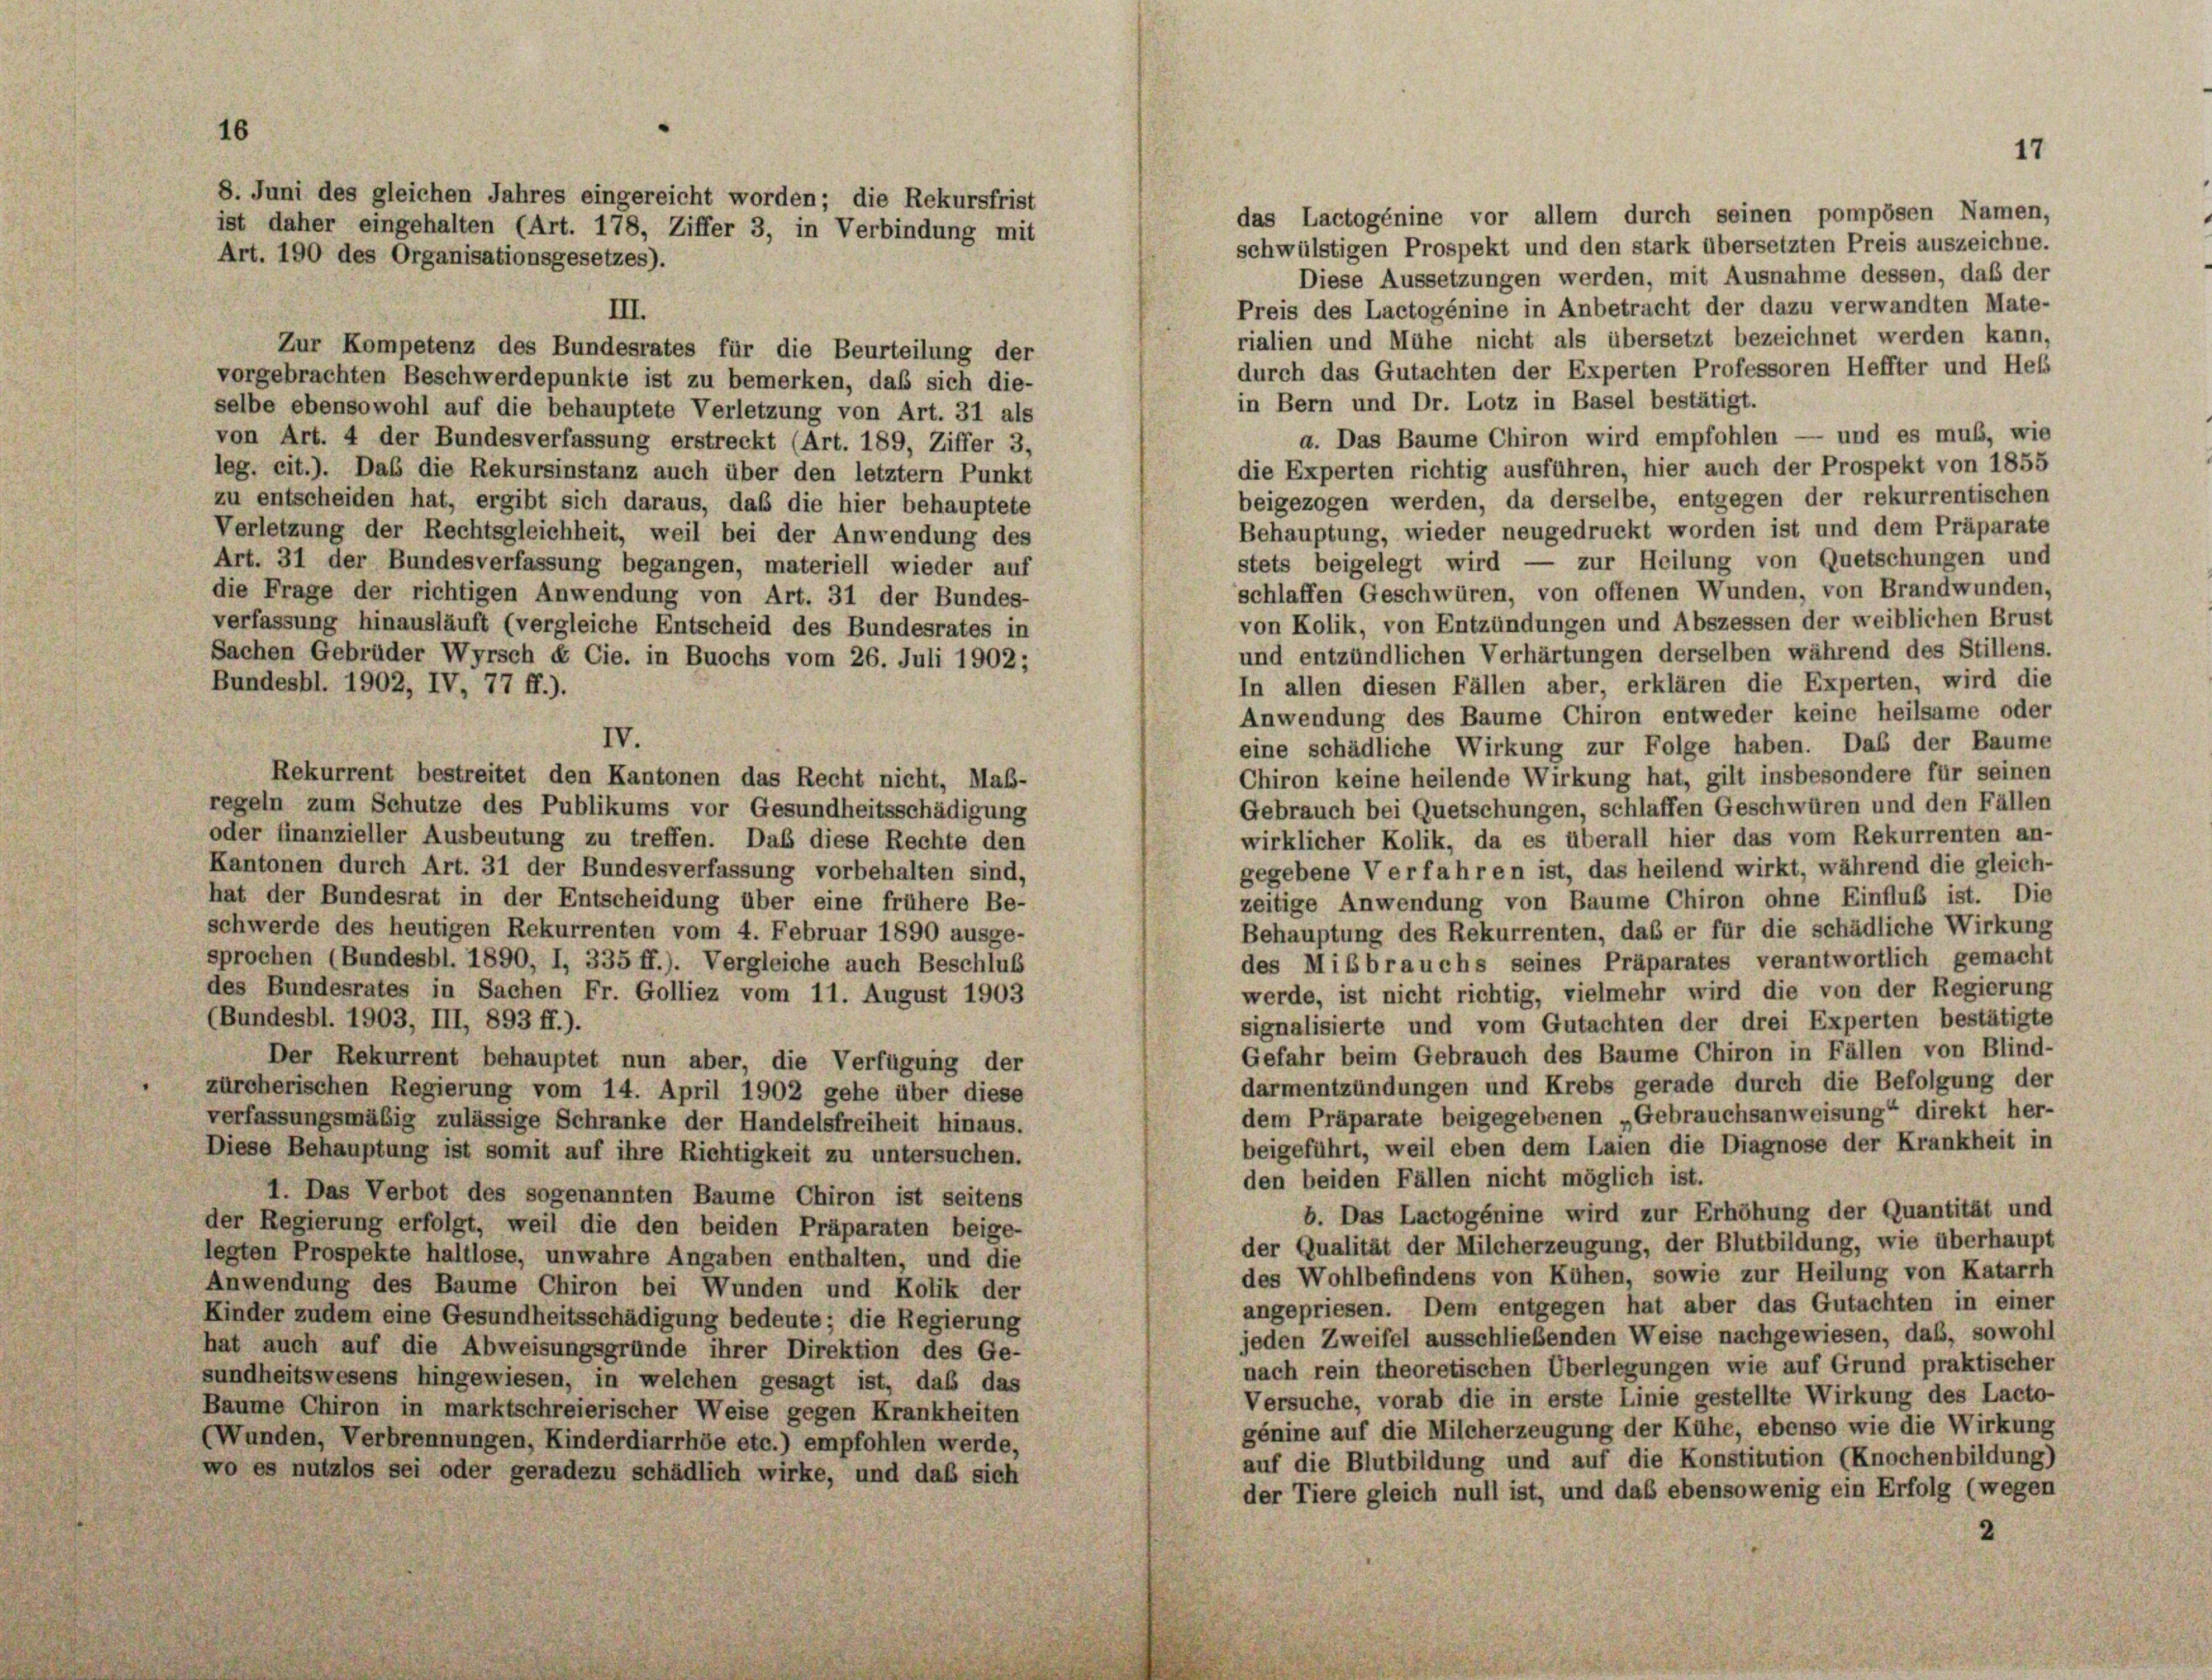
16

ist daher eingehalten (Art. 178, Ziffer 3, in Verbindung mit
Art. 190 des Organisationsgesetzes).

8. Juni des gleichen Jahres eingereicht worden; die Rekursfrist

das Lactogénine vor allem durch seinen pompösen Namen,
schwülstigen Prospekt und den stark übersetzten Preis auszeichne.
Preis des Lactogénine in Anbetracht der dazu verwandten Mate-
III.
rialien und Mühe nicht als übersetzt bezeichnet werden kann,
Zur Kompetenz des Bundesrates für die Beurteilung der
durch das Gutachten der Experten Professoren Heffter und Heb
vorgebrachten Beschwerdepunkte ist zu bemerken, daß sich die-
in Bern und Dr. Lotz in Basel bestätigt.
selbe ebensowohl auf die behauptete Verletzung von Art. 31 als
a. Das Baume Chiron wird empfohlen — und es muß, wie
von Art. 4 der Bundesverfassung erstreckt (Art. 189, Ziffer 3,
die Experten richtig ausführen, hier auch der Prospekt von 1855
leg. cit.). Das die Rekursinstanz auch über den letztem Punkt
beigezogen werden, da derselbe, entgegen der rekurrentischen
zu entscheiden hat, ergibt sich daraus, daß die hier behauptete
Verletzung der Rechtsgleichheit, weil bei der Anwendung des
Art. 31 der Bundesverfassung begangen, materiell wieder auf
die Frage der richtigen Anwendung von Art. 31 der Bundes-
von Kolik, von Entzündungen und Abszessen der weiblichen Brust
verfassung hinausläuft (vergleiche Entscheid des Bundesrates in
und entzündlichen Verhärtungen derselben während des Stillens.
Sachen Gebrüder Wyrsch & Cie. in Buochs vom 26. Juli 1902;
In allen diesen Fällen aber, erklären die Experten, wird die
Bundesbl. 1902, IV, 77 ff.).
Anwendung des Baume Chiron entweder keine heilsame oder
IV.
eine schädliche Wirkung zur Folge haben. Das der Baume
Rekurrent bestreitet den Kantonen das Recht nicht, Maß-
Chiron keine heilende Wirkung hat, gilt insbesondere für seinen
Gebrauch bei Quetschungen, schlaffen Geschwüren und den Fällen
regeln zum Schutze des Publikums vor Gesundheitsschädigung
oder finanzieller Ausbeutung zu treffen. Das diese Rechte den
wirklicher Kolik, da es überall hier das vom Rekurrenten an-
Kantonen durch Art. 31 der Bundesverfassung vorbehalten sind,
gegebene Verfahren ist, das heilend wirkt, während die gleich-
hat der Bundesrat in der Entscheidung über eine frühere Be-
zeitige Anwendung von Baume Chiron ohne Einfluß ist. Die
schwerde des heutigen Rekurrenten vom 4. Februar 1890 ausge-
Behauptung des Rekurrenten, daß er für die schädliche Wirkung
sprochen (Bundesbl. 1890, I, 335 ff.). Vergleiche auch Beschluß
des Mißbrauchs seines Präparates verantwortlich gemacht
des Bundesrates in Sachen Fr. Golliez vom 11. August 1903
werde, ist nicht richtig, vielmehr wird die von der Regierung
(Bundesbl. 1903, III, 893 ff.).
signalisierte und vom Gutachten der drei Experten bestätigte
Gefahr beim Gebrauch des Baume Chiron in Fällen von Blind-
Der Rekurrent behauptet nun aber, die Verfügung der
darmentzündungen und Krebs gerade durch die Befolgung der
zürcherischen Regierung vom 14. April 1902 gehe über diese
dem Präparate beigegebenen „Gebrauchsanweisung“ direkt her-
verfassungsmäßig zulässige Schranke der Handelsfreiheit hinaus.
beigeführt, weil eben dem Laien die Diagnose der Krankheit in
Diese Behauptung ist somit auf ihre Richtigkeit zu untersuchen.
den beiden Fällen nicht möglich ist.
1. Das Verbot des sogenannten Baume Chiron ist seitens
b. Das Lactogénine wird zur Erhöhung der Quantität und
der Regierung erfolgt, weil die den beiden Präparaten beige-
der Qualität der Milcherzeugung, der Blutbildung, wie überhaupt
legten Prospekte haltlose, unwahre Angaben enthalten, und die
des Wohlbefindens von Kühen, sowie zur Heilung von Katarrh
Anwendung des Baume Chiron bei Wunden und Kolik der
angepriesen. Dem entgegen hat aber das Gutachten in einer
Kinder zudem eine Gesundheitsschädigung bedeute; die Regierung
jeden Zweifel ausschließenden Weise nachgewiesen, daß, sowohl
hat auch auf die Abweisungsgründe ihrer Direktion des Ge-
nach rein theoretischen Überlegungen wie auf Grund praktischer
sundheitswesens hingewiesen, in welchen gesagt ist, das das
Versuche, vorab die in erste Linie gestellte Wirkung des Lacto
Baume Chiron in marktschreierischer Weise gegen Krankheiten
génine auf die Milcherzeugung der Kühe, ebenso wie die Wirkung
(Wunden, Verbrennungen, Kinderdiarrhöe etc.) empfohlen werde,
auf die Blutbildung und auf die Konstitution (Knochenbildung)
wo es nutzlos sei oder geradezu schädlich wirke, und daß sich
der Tiere gleich null ist, und daß ebensowenig ein Erfolg (wegen
2

Behauptung, wieder neugedruckt worden ist und dem Präparate
stets beigelegt wird — zur Heilung von Quetschungen und
schlaffen Geschwüren, von offenen Wunden, von Brandwunden,

17

Diese Aussetzungen werden, mit Ausnahme dessen, daß der